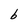
Character: b